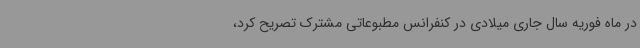
در ماه فوریه سال جاری میلادی در کنفرانس مطبوعاتی مشترک تصریح کرد،